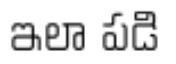
ఇలా పడి